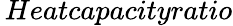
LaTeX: \, Heatcapacityratio